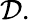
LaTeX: \mathcal{D}.